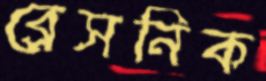
ব্রেসনিক